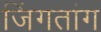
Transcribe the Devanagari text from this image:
जिंगतांग